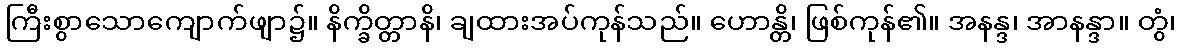
ကြီးစွာသောကျောက်ဖျာ၌။ နိက္ခိတ္တာနိ၊ ချထားအပ်ကုန်သည်။ ဟောန္တိ၊ ဖြစ်ကုန်၏။ အနန္ဒ၊ အာနန္ဒာ။ တွံ၊